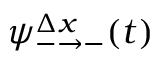
\psi _ { - \to - } ^ { \Delta x } ( t )